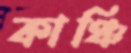
কাঞ্চি